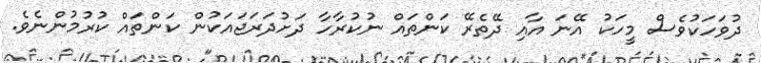
ދުވަހަކުވެސް މީހަކު އޭނަ އާއި ދޭތެރޭ ކަންތައް ނުކުރާހާ ދަށުދަރަޖައަކުން ކަންތައް ކުރުމުންނެވެ.